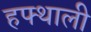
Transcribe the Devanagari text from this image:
हफ्थाली